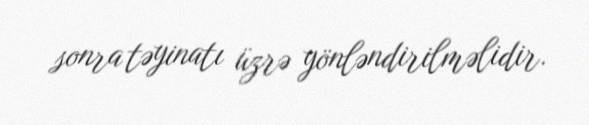
sonra təyinatı üzrə yönləndirilməlidir.